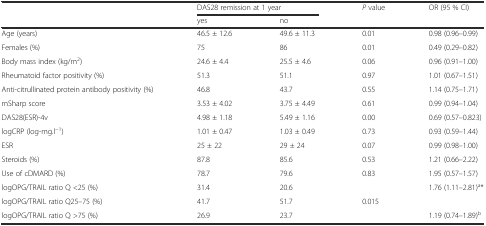
<table><thead><tr><td rowspan="2"></td><td colspan="2"><b>DAS28 remission at 1 year</b></td><td><b><i>P</i> value</b></td><td><b>OR (95 % CI)</b></td></tr><tr><td><b>yes</b></td><td><b>no</b></td><td></td><td></td></tr></thead><tbody><tr><td>Age (years)</td><td>46.5 ± 12.6</td><td>49.6 ± 11.3</td><td>0.01</td><td>0.98 (0.96–0.99)</td></tr><tr><td>Females (%)</td><td>75</td><td>86</td><td>0.01</td><td>0.49 (0.29–0.82)</td></tr><tr><td>Body mass index (kg/m<sup>2</sup>)</td><td>24.6 ± 4.4</td><td>25.5 ± 4.6</td><td>0.06</td><td>0.96 (0.91–1.00)</td></tr><tr><td>Rheumatoid factor positivity (%)</td><td>51.3</td><td>51.1</td><td>0.97</td><td>1.01 (0.67–1.51)</td></tr><tr><td>Anti-citrullinated protein antibody positivity (%)</td><td>46.8</td><td>43.7</td><td>0.55</td><td>1.14 (0.75–1.71)</td></tr><tr><td>mSharp score</td><td>3.53 ± 4.02</td><td>3.75 ± 4.49</td><td>0.61</td><td>0.99 (0.94–1.04)</td></tr><tr><td>DAS28(ESR)-4v</td><td>4.98 ± 1.18</td><td>5.49 ± 1.16</td><td>0.00</td><td>0.69 (0.57–0.823)</td></tr><tr><td>logCRP (log-mg.l<sup>−1</sup>)</td><td>1.01 ± 0.47</td><td>1.03 ± 0.49</td><td>0.73</td><td>0.93 (0.59–1.44)</td></tr><tr><td>ESR</td><td>25 ± 22</td><td>29 ± 24</td><td>0.07</td><td>0.99 (0.98–1.00)</td></tr><tr><td>Steroids (%)</td><td>87.8</td><td>85.6</td><td>0.53</td><td>1.21 (0.66–2.22)</td></tr><tr><td>Use of cDMARD (%)</td><td>78.7</td><td>79.6</td><td>0.83</td><td>1.95 (0.57–1.57)</td></tr><tr><td>logOPG/TRAIL ratio Q &lt;25 (%)</td><td>31.4</td><td>20.6</td><td></td><td>1.76 (1.11–2.81)<sup>a</sup>*</td></tr><tr><td>logOPG/TRAIL ratio Q25–75 (%)</td><td>41.7</td><td>51.7</td><td>0.015</td><td></td></tr><tr><td>logOPG/TRAIL ratio Q &gt;75 (%)</td><td>26.9</td><td>23.7</td><td></td><td>1.19 (0.74–1.89)<sup>b</sup></td></tr></tbody></table>